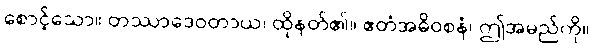
စောင့်သော။ တဿာဒေဝတာယ၊ ထိုနတ်၏။ ဧတံအဓိဝစနံ၊ ဤအမည်ကို။